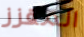
المقزز